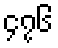
၄၇၆